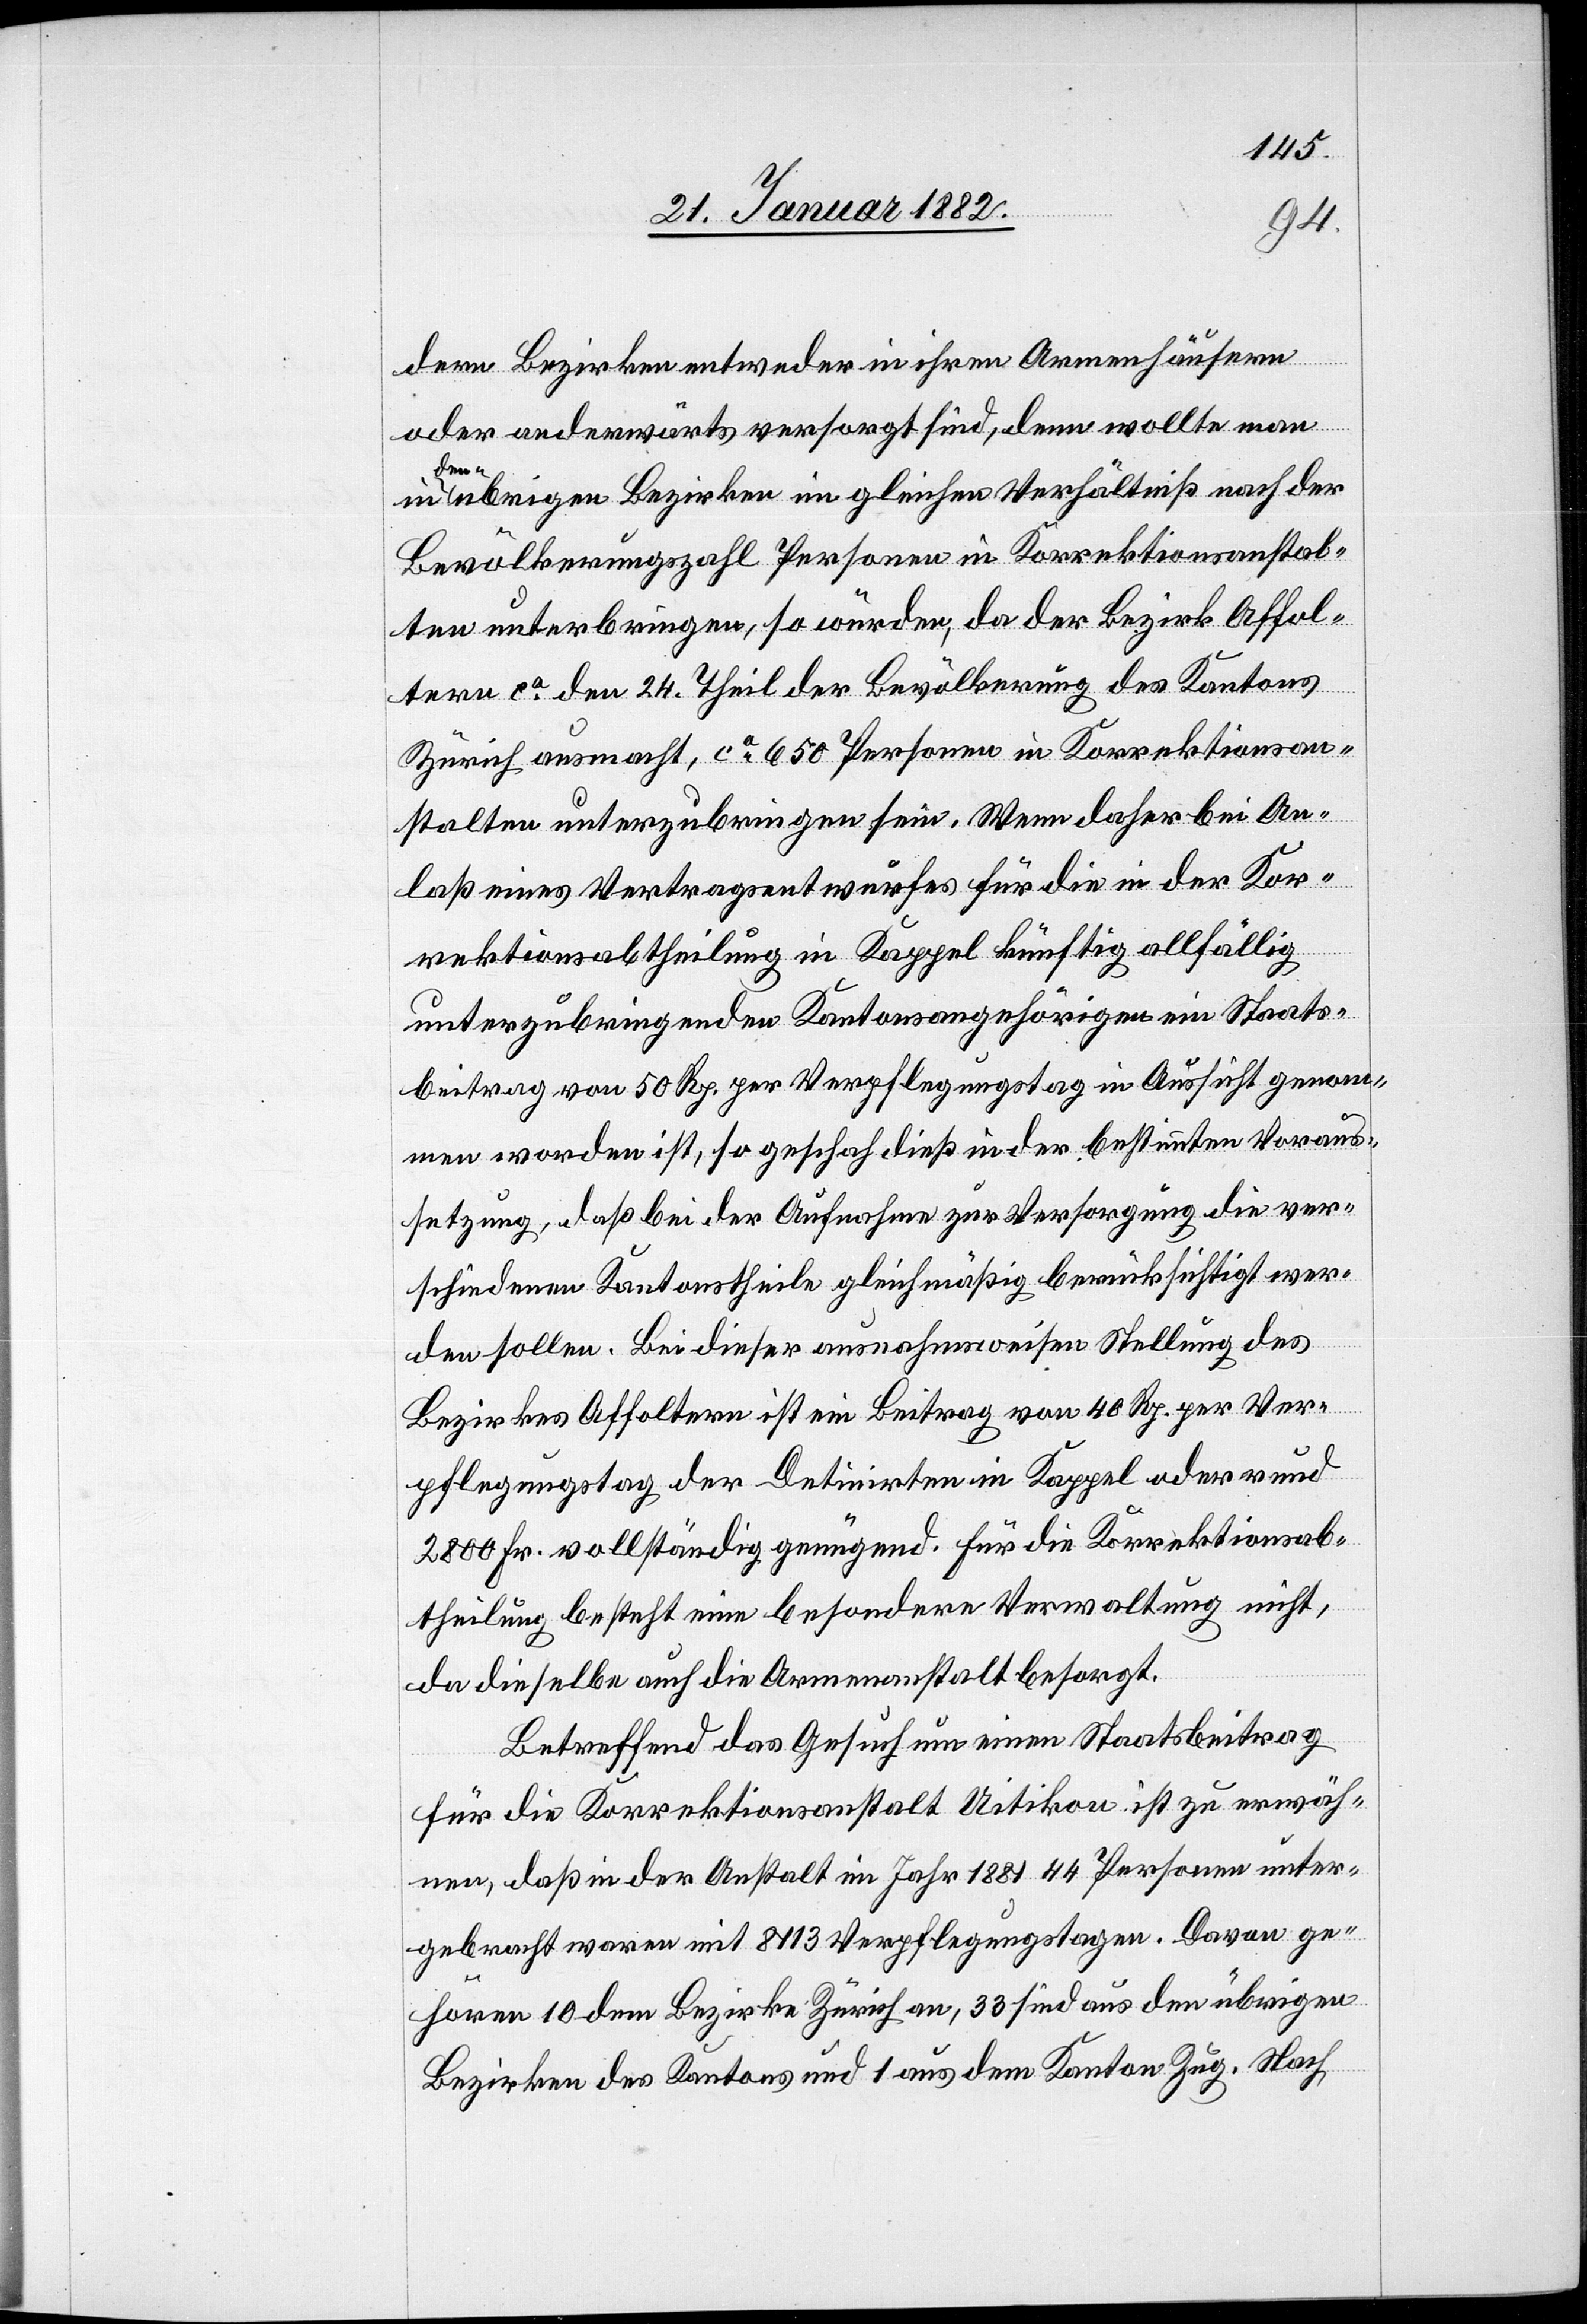
dern Bezirken entweder in ihren Armenhäusern
oder anderwärts versorgt sind, denn wollte man
de¬
n übrigen Bezirken im gleichen Verhältniß nach der
Bevölkerungszahl Personen in Korrektionsanstal¬
ten unterbringen, so würden, da der Bezirk Affol¬
tern ca den 24. Theil der Bevölkerung des Kantons
Zürich ausmacht, ca 650 Personen in Korrektionsan¬
stalten unterzubringen sein. Wenn daher bei An¬
laß eines Vertragsentwurfes für die in der Kor¬
rektionsabtheilung in Kappel künftig allfällig
unterzubringenden Kantonsangehörige ein Staats¬
beitrag von 50 Rp. per Verpflegungstag in Aussicht genom¬
men worden ist, so geschah dieß in der bestimmten Voraus¬
setzung, daß bei der Aufnahme zur Versorgung die ver¬
schiedenen Kantonstheile gleichmäßig berücksichtigt wer¬
den sollten. Bei dieser ausnahmsweisen Stellung des
Bezirkes Affoltern ist ein Beitrag von 40 Rp. per Ver¬
pflegungstag der Detinirten in Kappel oder rund
2800 Fr. vollständig genügend. Für die Korrektionsab¬
theilung besteht eine besondere Verwaltung nicht,
da dieselbe auch die Armenanstalt besorgt.
Betreffend das Gesuch um einen Staatsbeitrag
für die Korrektionsanstalt Uitikon ist zu erwäh¬
nen, daß in der Anstalt im Jahr 1881 44 Personen unter¬
gebracht waren mit 8113 Verpflegungstagen. Davon ge¬
hören 10 dem Bezirk Zürich an, 33 sind aus den übrigen
Bezirken des Kantons und 1 aus dem Kanton Zug. Nach